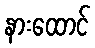
နားထောင်